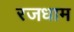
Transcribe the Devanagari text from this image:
रजधाम